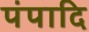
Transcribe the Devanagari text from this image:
पंपादि